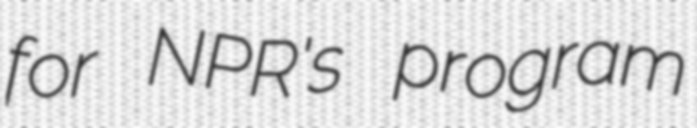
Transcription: for NPR's program